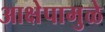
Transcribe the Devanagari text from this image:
आक्षेपामुळे